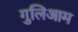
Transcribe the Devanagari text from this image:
गुलिआम